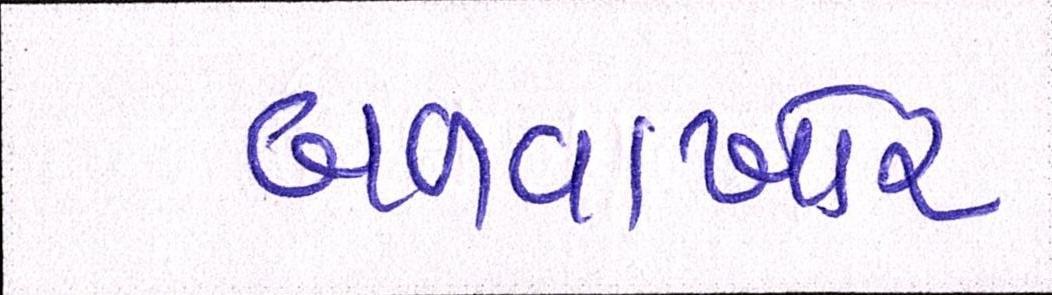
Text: બળવાખોર